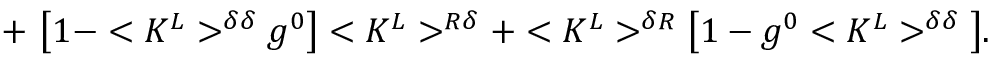
+ \, \, \big [ 1 - < K ^ { L } > ^ { \delta \delta } g ^ { 0 } \big ] < K ^ { L } > ^ { R \delta } + < K ^ { L } > ^ { \delta R } \big [ 1 - g ^ { 0 } < K ^ { L } > ^ { \delta \delta } \big ] .